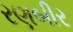
રણબીર